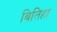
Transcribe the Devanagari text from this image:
बितिहा